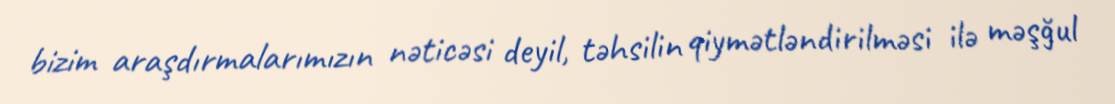
bizim araşdırmalarımızın nəticəsi deyil, təhsilin qiymətləndirilməsi ilə məşğul